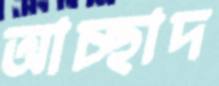
আচ্ছাদ